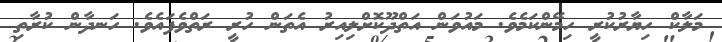
މަލާކް ހިޔާރުކުރީ ހިމޭންކަމެވެ. މައުވަން އަތްދޫކޮށްލިއިރު އެތަން ހުރީ ރަތްވެފައެވެ. ހަނދާން ކުރާތި